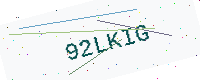
Text: 92LKIG